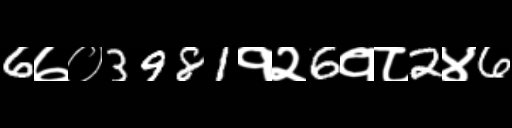
Text: 6७०3981१२6१८2४6